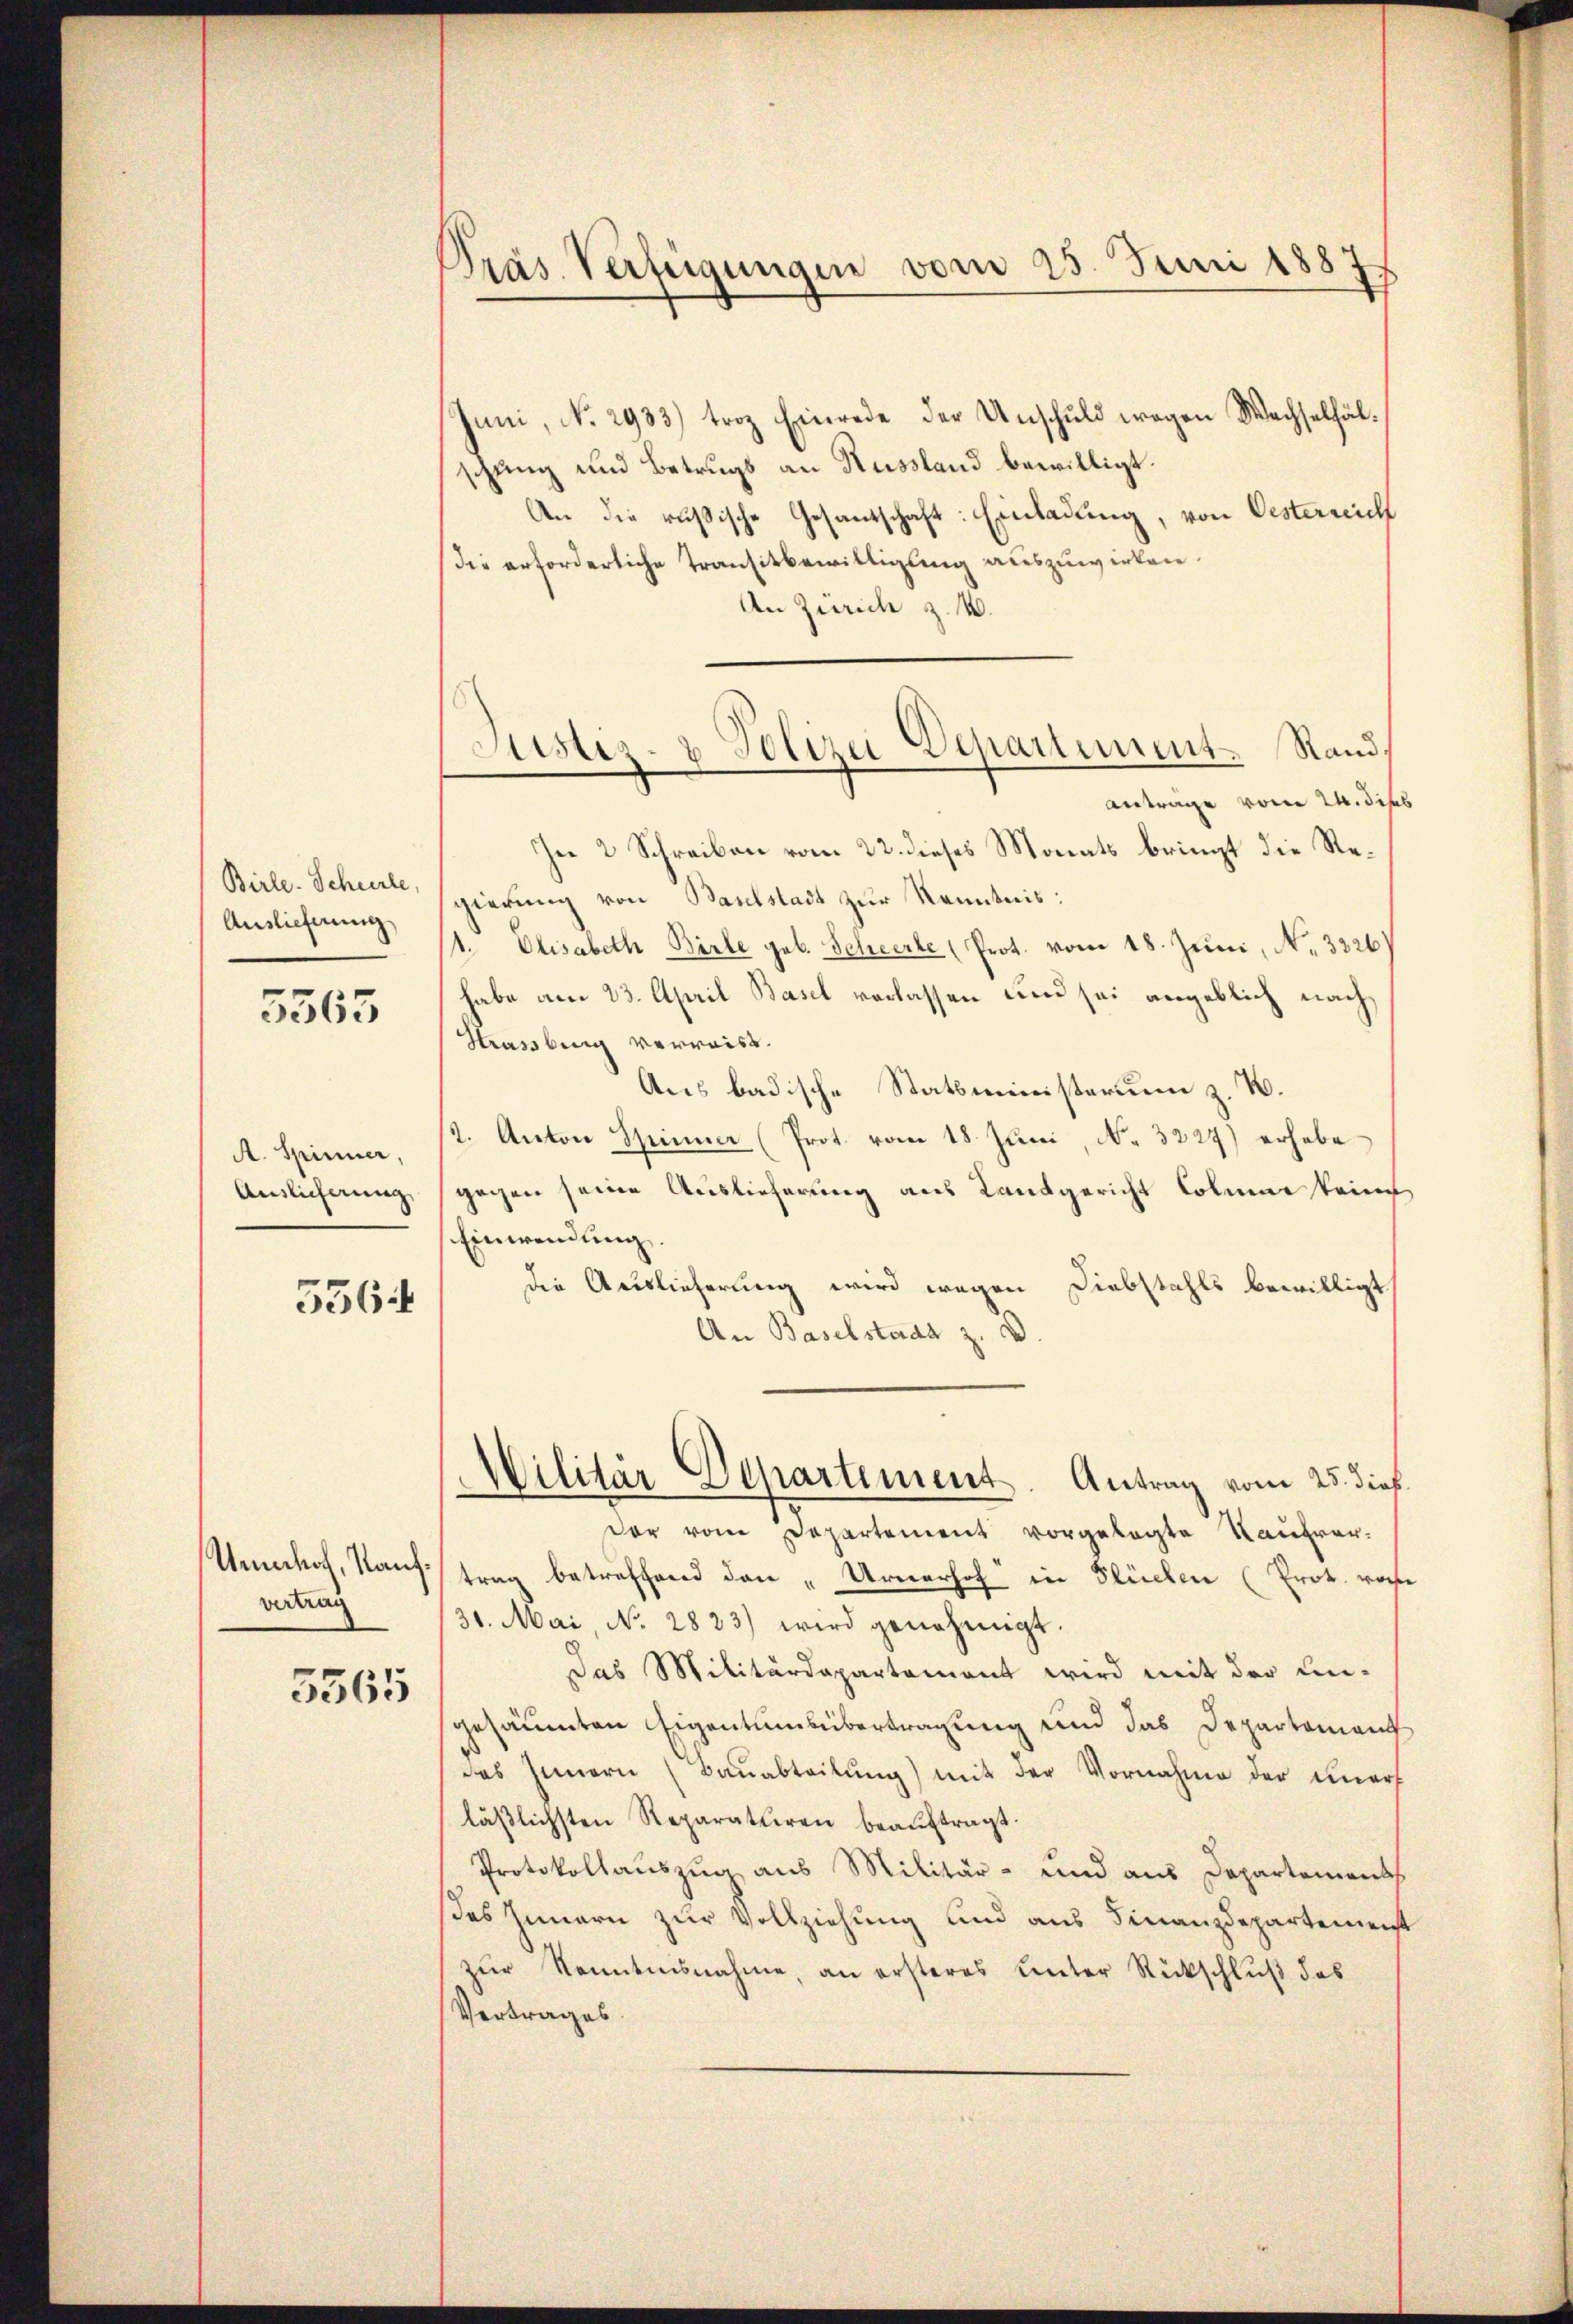
Birle. Schule,
Auslieferung

5565

A. Spinner,
Anslicherung,

556.

Umhoch, Kaufvertrag

5565

s
Präs. Verfügungen vom 25. Juni 1887

Justiz- & Polizei Departement. Rand.
Antrage vom 24. diss

Juni, No. 2933) troz Einrede der Unschuld wegen Wechselfälschung und Betrugs an Russland bewilligt.
An die russische Gesandschaft: Einladung, von Oesterreich
Die erforderliche Transitbewilligung auszuwirken.
An Zürich z. W.
In 2 Schreiben vom 22. dieses Monats bringt die Regierung von Baselstadt zur Kenntnis:
1. Elisabeth Birle geb. Scheerte (Prot. vom 18. Juni, No. 3326)
habe am 23. April Basel verlassen und sei angeblich nach
Strassberg verwaist.
Aus badische Statsministerium z. B.
2. Anton Spinner (Prot. vom 18. Juni, N. 3227) erhebe
gegen seine Auslieferung aus Landgericht Colmer keine
Einwendung.
die Auslieferung wird wegen Diebstahls bewilligt
An Baselstaat z. D
Wilitär Departement. Antrag vom 25. dieß.
der vom Departement vorgelegte Rauhrar-
trag betreffend den „Urnerhof in Flüchen (Prok. woche
31. Mai, No. 2823) wird genehmigt.
Das Militärdepartement wird mit der Un-
gesäumten Eigentumsübertragung und das Departement
das Innern (Bauabteilung) mit der Vornahme der unerf
läβlichsten Reparaturen beaŭftragt.
Protokollauszug aus Militär- und aus Departements
ses Innern zur Vollziehung und aus Finanzdepartemenst
zŭr Kenntnisnahme, an ersteres unter Rückschluß das
Vertrages.